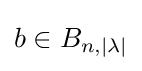
b\in B_{n,|\lambda |}